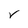
Character: V